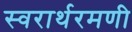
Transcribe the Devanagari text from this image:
स्वरार्थरमणी